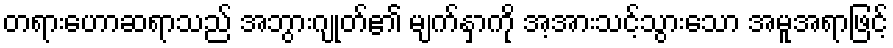
တရားဟောဆရာသည် အဘွားဂျုတ်၏ မျက်နှာကို အ့အားသင့်သွားသော အမူအရာဖြင့်